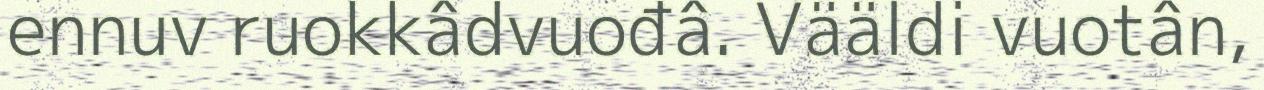
ennuv ruokkâdvuođâ. Vääldi vuotân,